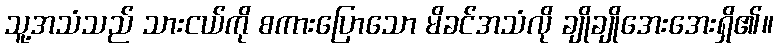
သူ့အသံသည် သားငယ်ကို စကားပြောသော မိခင်အသံလို ချိုချိုအေးအေးရှိ၏။